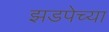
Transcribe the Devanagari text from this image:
झडपेच्या